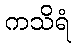
ကသိရံ